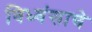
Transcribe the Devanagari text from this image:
विध्वंसाचे